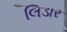
લિડાર